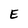
Character: E